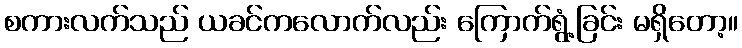
စကားလက်သည် ယခင်ကလောက်လည်း ကြောက်ရွံ့ခြင်း မရှိတော့။